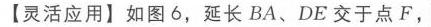
2. \(x\)取哪些整数值时，不等式\(4(x - 0.3)<0.5x + 5.8\)与\(\frac{1}{2}x + 1\geqslant - 7-\frac{3}{2}x\)都成立？